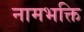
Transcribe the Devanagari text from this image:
नामभक्ति